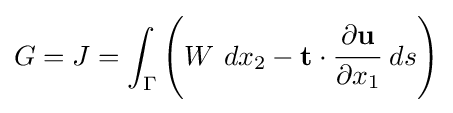
G=J=\int _{\Gamma }\left(W~dx_{2}-\mathbf {t} \cdot {\cfrac {\partial \mathbf {u} }{\partial x_{1}}}~ds\right)